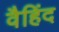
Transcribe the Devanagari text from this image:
वैहिंद